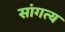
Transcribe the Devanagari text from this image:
सांगत्य